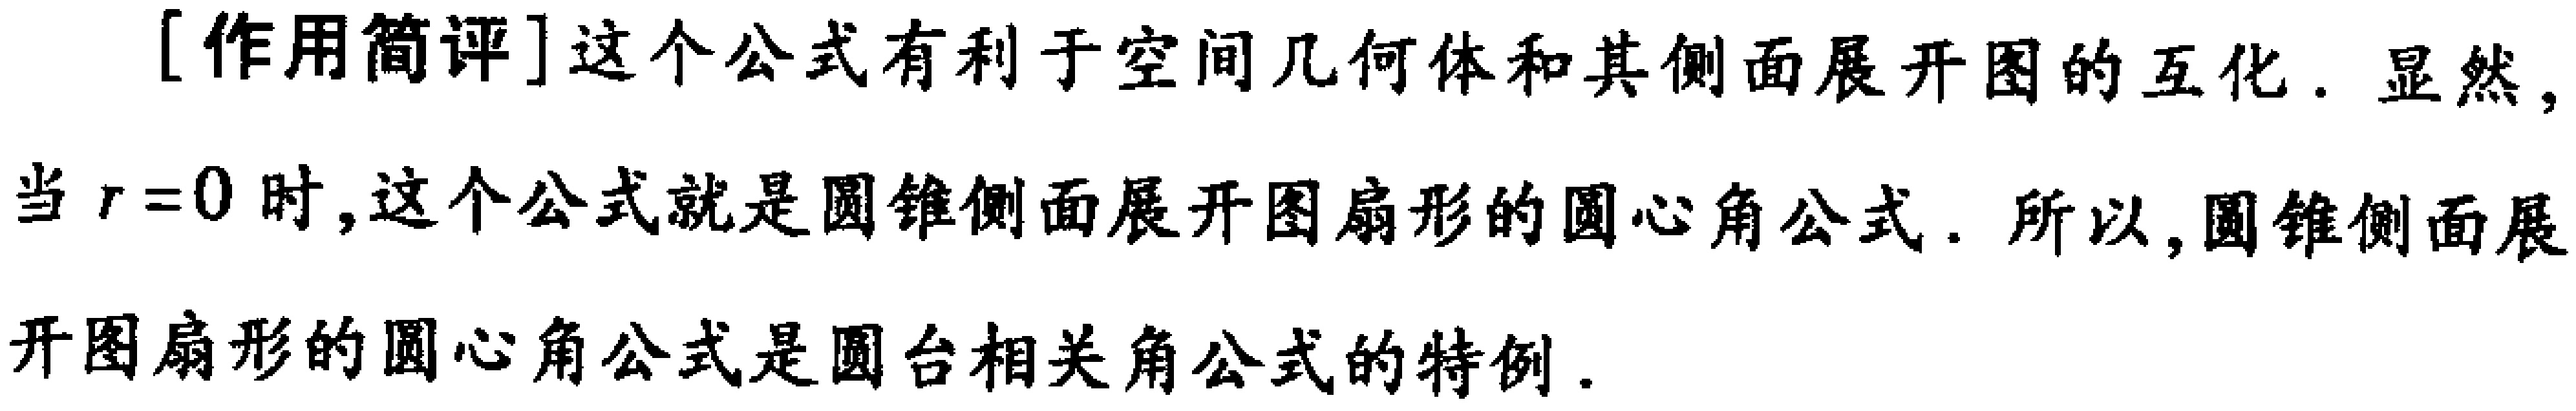
[作用简评]这个公式有利于空间几何体和其侧面展开图的互化. 显然,当 \(r = 0\) 时,这个公式就是圆锥侧面展开图扇形的圆心角公式. 所以,圆锥侧面展开图扇形的圆心角公式是圆台相关角公式的特例.